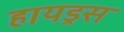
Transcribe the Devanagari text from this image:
हायड्रस